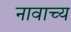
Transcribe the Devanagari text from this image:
नावाच्य